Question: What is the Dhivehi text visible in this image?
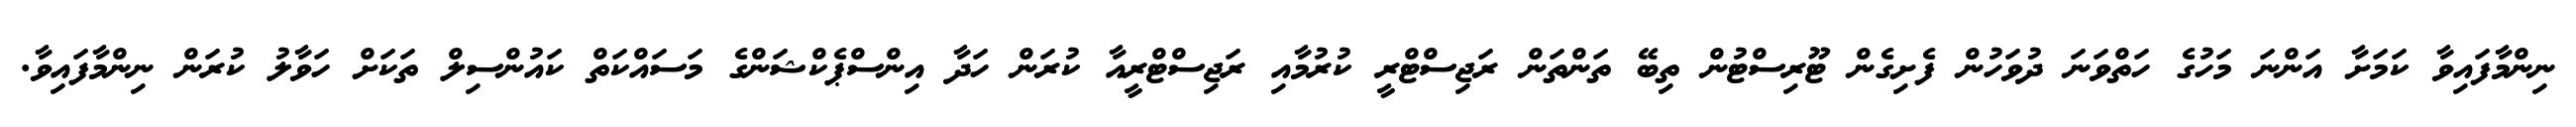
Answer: ނިންމާފައިވާ ކަމަށާ އަންނަ މަހުގެ ހަތްވަނަ ދުވަހުން ފެށިގެން ޓޫރިސްޓުން ތިބޭ ތަންތަން ރަޖިސްޓްރީ ކުރުމާއި ރަޖިސްޓްރީއާ ކުރަން ހަދާ އިންސްޕެކްޝަންގެ މަސައްކަތް ކައުންސިލް ތަކަށް ހަވާލު ކުރަން ނިންމާފައިވާ.